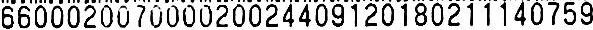
660002007000020024409120180211140759